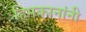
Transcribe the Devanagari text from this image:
हिमकानांनी